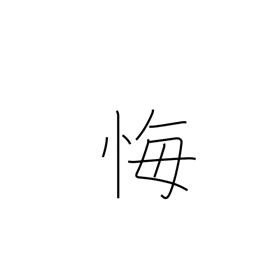
Meaning: regret